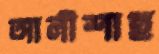
আলীশাহ